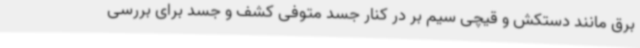
برق مانند دستکش و قیچی سیم بر در کنار جسد متوفی کشف و جسد برای بررسی